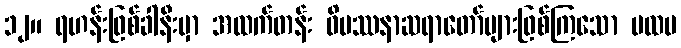
၁၂။ ရဟန်းဖြစ်ခါနီးမှာ အထက်တန်း ဝိပဿနာဆရာတော်များဖြစ်ကြသော ပထမ